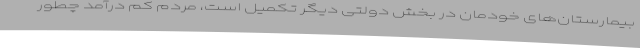
بیمارستان‌های خودمان در بخش دولتی دیگر تکمیل است، مردم کم درآمد چطور